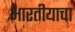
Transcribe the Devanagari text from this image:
भारतीयाचा